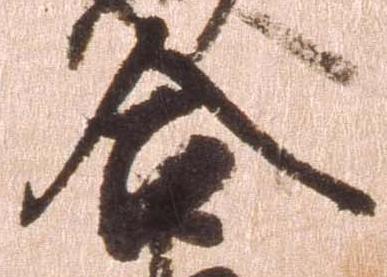
合